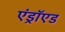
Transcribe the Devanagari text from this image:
एंड्राॅएड